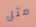
مثل